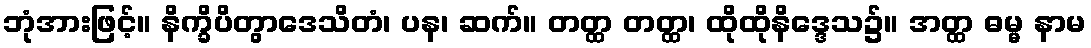
ဘုံအားဖြင့်။ နိက္ခိပိတွာဒေသိတံ၊ ပန၊ ဆက်။ တတ္ထ တတ္ထ၊ ထိုထိုနိဒ္ဒေသ၌။ အတ္ထ ဓမ္မ နာမ